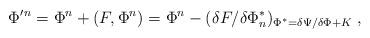
LaTeX: \begin{align*}\Phi'{}^n=\Phi{}^n+(F,\Phi^n)=\Phi{}^n-(\delta F/\delta\Phi^*_n)_{\Phi^*=\delta\Psi/\delta\Phi+K}\;,\end{align*}